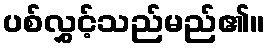
ပစ်လွှင့်သည်မည်၏။